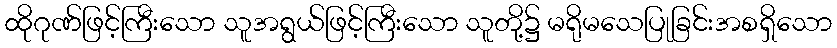
ထိုဂုဏ်ဖြင့်ကြီးသော သူအရွယ်ဖြင့်ကြီးသော သူတို့၌ မရိုမသေပြုခြင်းအစရှိသော